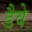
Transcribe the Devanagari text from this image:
डैवे